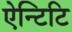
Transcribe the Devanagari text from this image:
ऐन्टिटि